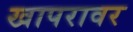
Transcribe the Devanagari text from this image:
खापरावर